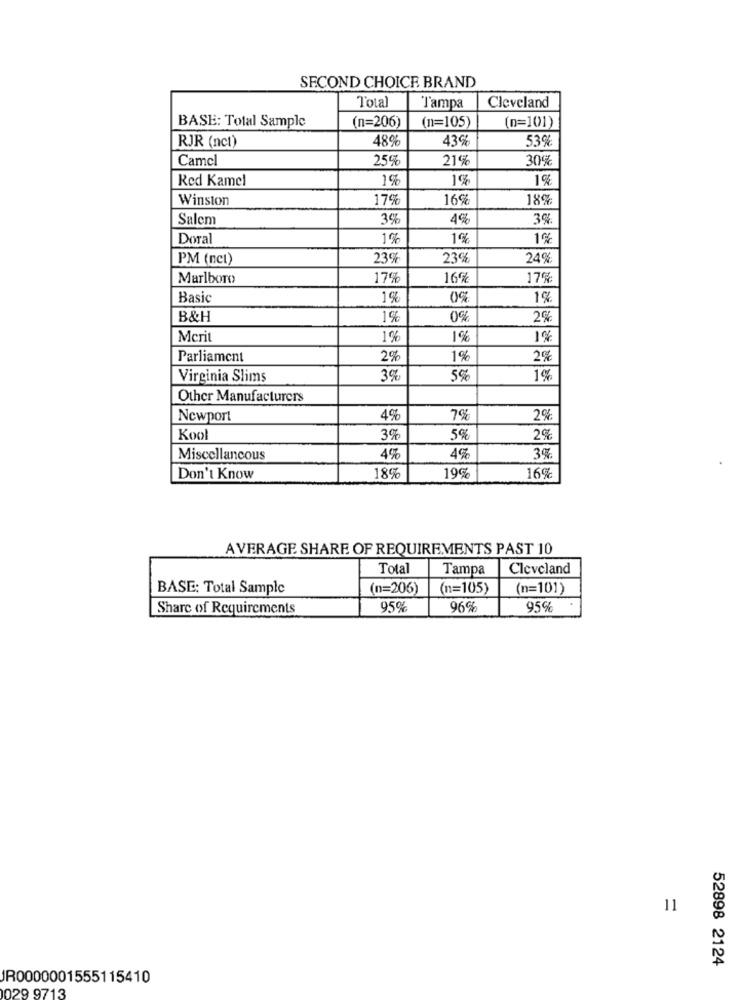
SECOND CHOICE BRAND
Total
Tampa
Cleveland
BASE: Total Sample
(n=206)
(n=105)
(n=101)
RJR (nct)
48%
43%
53%
Camel
25%
21%
30%
Red Kamel
1%
1%
1%
Winston
17%
16%
18%
Salem
3%
4%
3%
Doral
1%
1%
1%
PM (ncl)
23%
23%
24%
Marlboro
17%
16%
17%
Basic
1%
0%
1%
B&H
1%
0%
29
Merit
1%
1%
1%
Parliament
2%
1%
2%
Virginia Slims
3%
5%
1%
Other Manufacturers
Newport
4%
7%
2%
Kool
3%
5%
2%
4ª
Miscellaneous
40
3%
Don't Know
18%
19
169
AVERAGE SHARE OF REQUIREMENTS PAST 10
Total
Tampa
Cleveland
BASE: Total Sample
(n=206)
(n=105)
(n=101)
Share of Requirements
95%
96%
95%
11
52898 2124
JR0000001555115410
029 9713